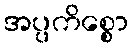
အပ္ပကိစ္စော